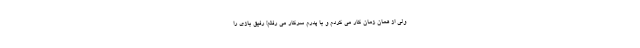
ولی از همان زمان کار می کردم و با پدرم سرکار می رفتم! رفیق بازی را